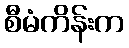
စီမံကိန်းက